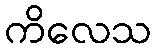
ကိလေသ